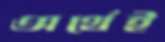
অর্থেই